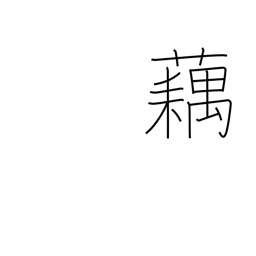
Meaning: lotus root